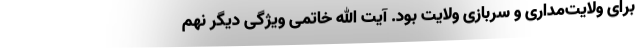
برای ولایت‌مداری و سربازی ولایت بود. آیت الله خاتمی ویژگی دیگر نهم